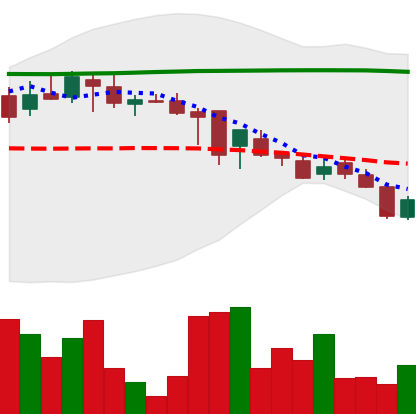
Ticker: DOGE-USD
Chart end date: 2018-08-09
Forward return: -11.546%
Label: down_7plus